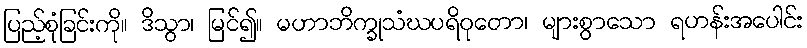
ပြည့်စုံခြင်းကို။ ဒိသွာ၊ မြင်၍။ မဟာဘိက္ခုသံဃပရိဝုတော၊ များစွာသော ရဟန်းအပေါင်း